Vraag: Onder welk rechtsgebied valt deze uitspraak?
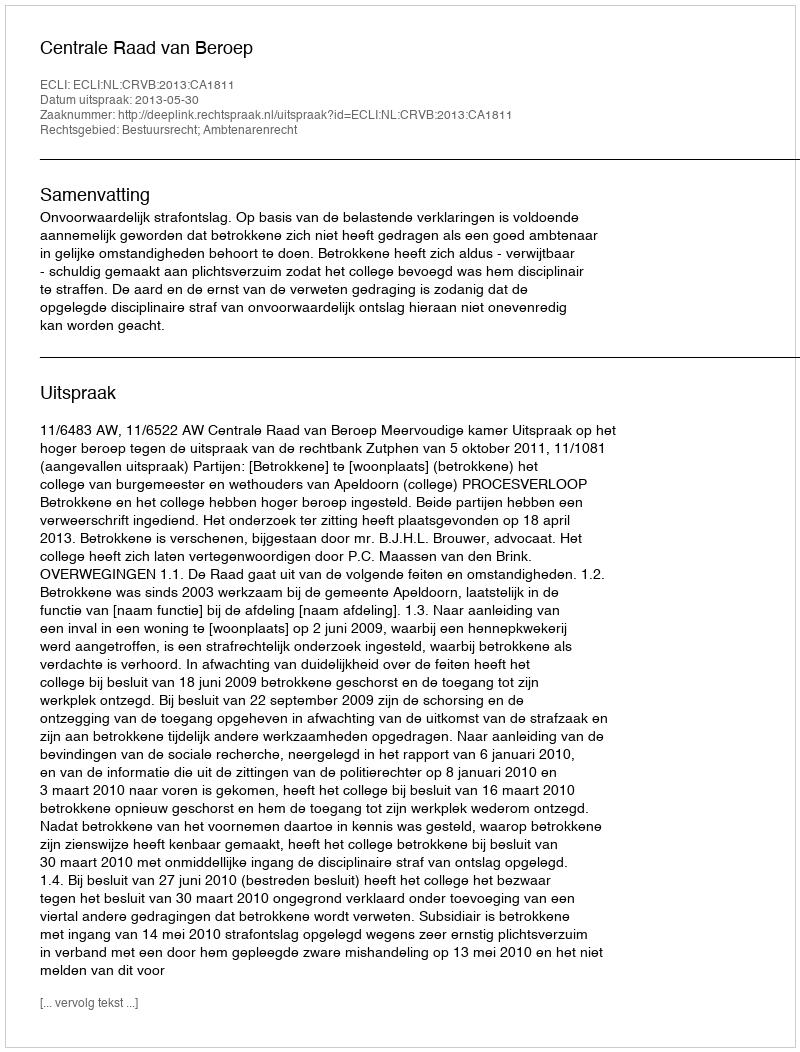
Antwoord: Bestuursrecht; Ambtenarenrecht